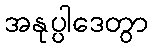
အနုပ္ပါဒေတွာ